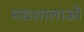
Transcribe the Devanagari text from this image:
मद्यशालाओं